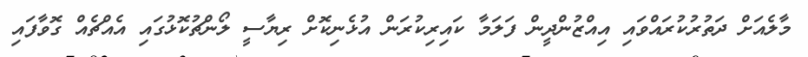
މާލެއަށް ދަތުރުކުރައްވައި އިއްޒުންދީން ފަލަމާ ކައިރިކުރަން އުޅެނިކޮށް ރިޔާސީ ލޯންޗުކޮޅުގައި އެއްޗެއް ގޮވާފައި